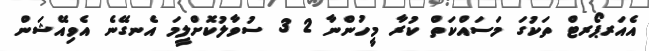
އެއަރޕޯރޓް ތަަކުގަ މަސައްކަތް ކުރާ މީހުންނާ 2 3 ސުވާލުކޮށްލީމަ އެނގޭނެ އެވިއޭޝަން